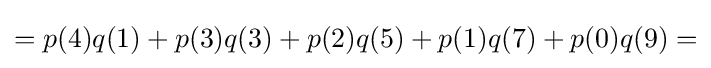
=p(4)q(1)+p(3)q(3)+p(2)q(5)+p(1)q(7)+p(0)q(9)=